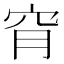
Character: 𥥃